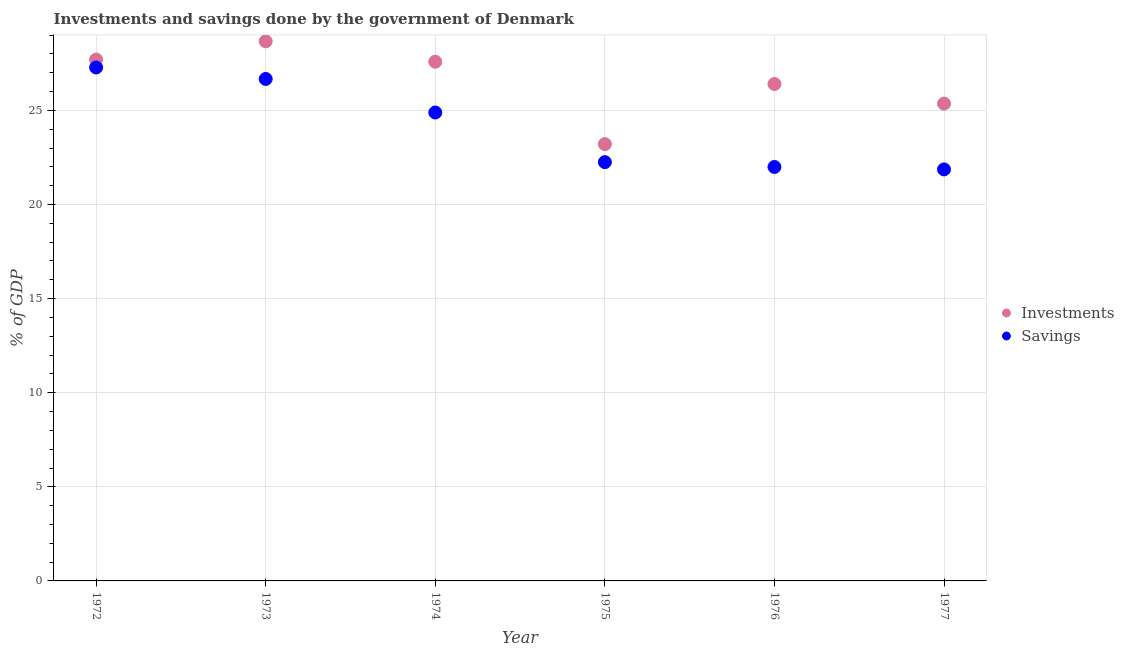
| Year | Investments | Savings |
 | --- | --- | --- |
 | 1972 | 27.7 | 27.3 |
 | 1973 | 28.7 | 26.7 |
 | 1974 | 27.6 | 24.9 |
 | 1975 | 23.2 | 22.3 |
 | 1976 | 26.4 | 22 |
 | 1977 | 25.4 | 21.9 |